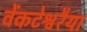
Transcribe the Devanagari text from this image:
वेंकटेश्वरैया